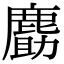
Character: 𪊹